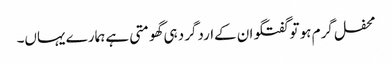
محفل گرم ہو تو گفتگو ان کےاردگرد ہی گھومتی ہے ہمارے یہاں۔